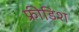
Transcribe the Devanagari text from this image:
फ्रीडिश